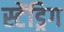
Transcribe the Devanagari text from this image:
स्टेंड्रिग